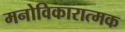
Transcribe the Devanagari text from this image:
मनोविकारात्मक